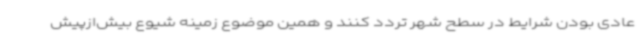
عادی بودن شرایط در سطح شهر تردد کنند و همین موضوع زمینه شیوع بیش‌ازپیش